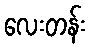
လေးတန်း